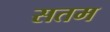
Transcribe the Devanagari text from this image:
सतम